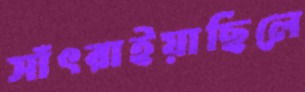
সাঁৎরাইয়াছিলে